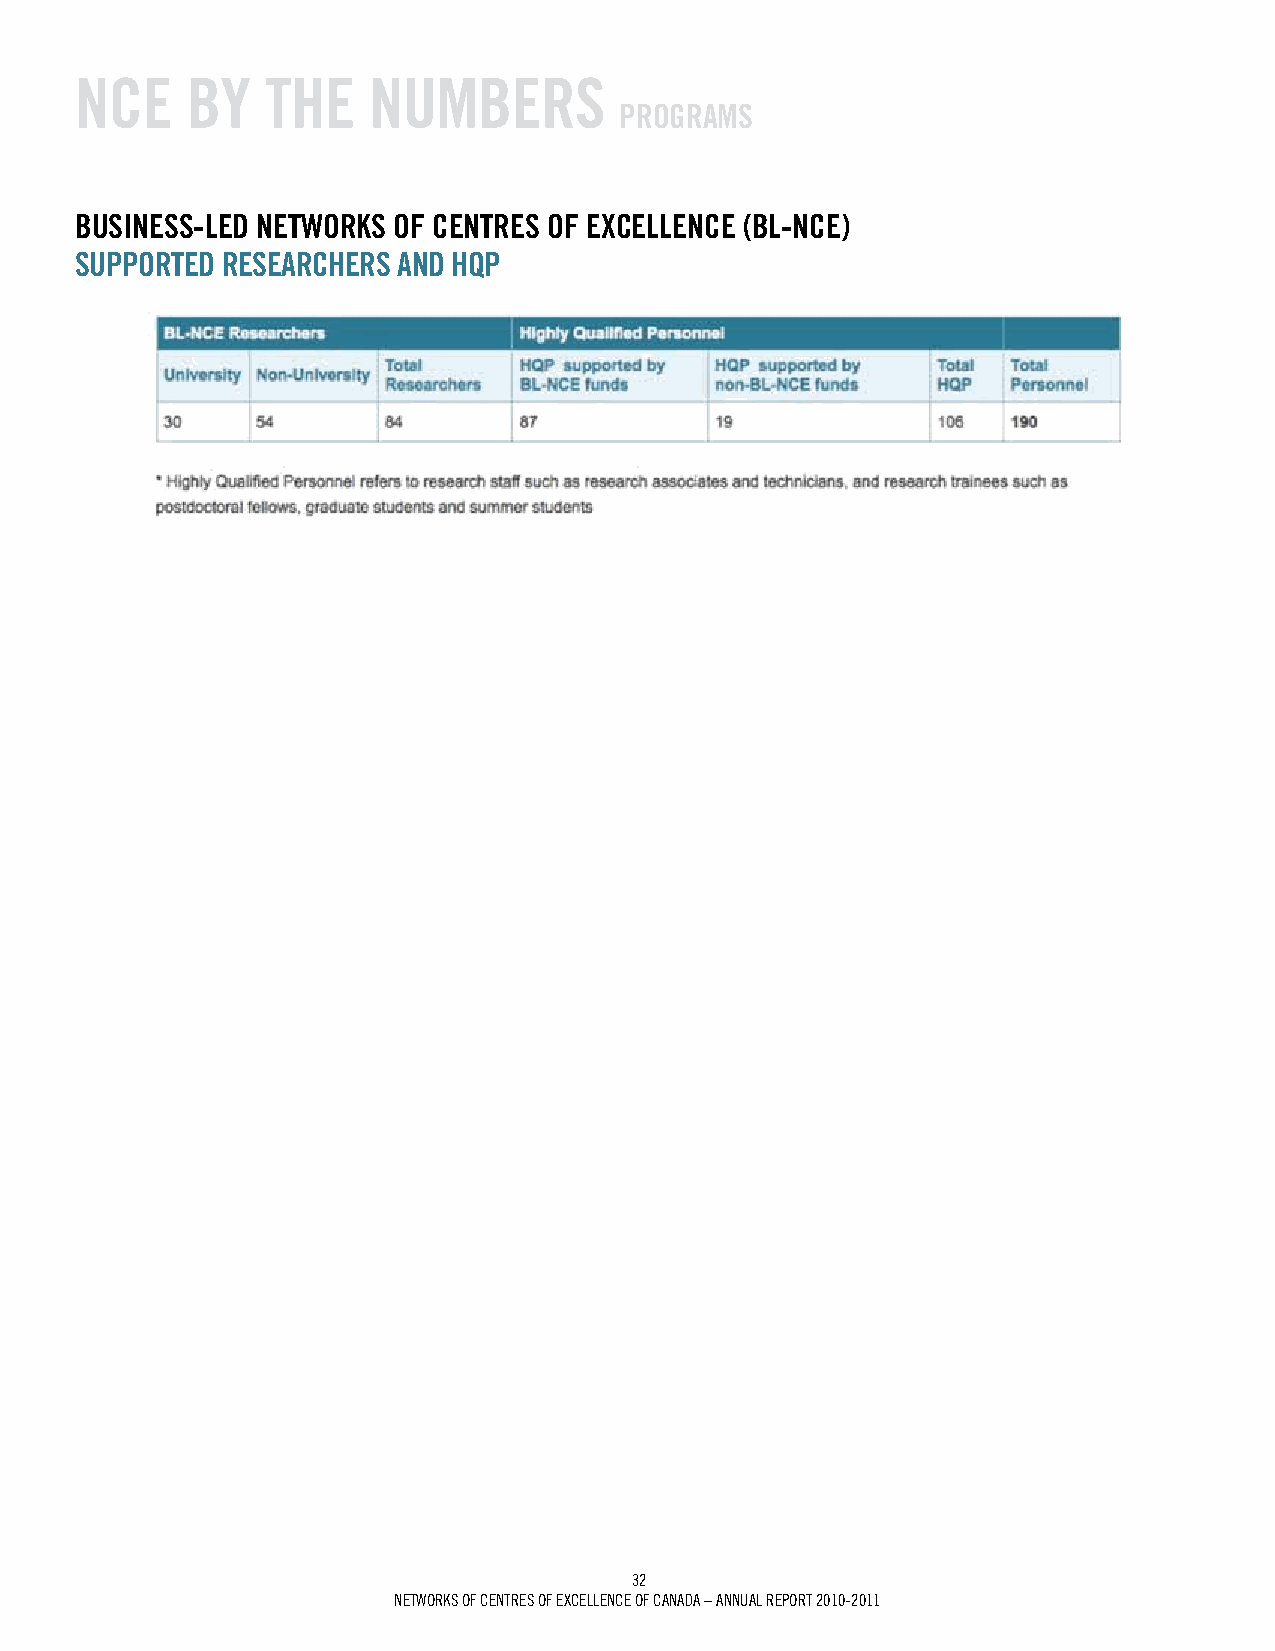
NCE    BY    ThE   NumBErS
 prOgrAmS
 BuSiNESS-LEd NETWOrkS OF CENTrES OF ExCELLENCE (BL-NCE)
 SuppOrTEd rESEArChErS ANd hQp
 32
 Networks of ceNtres of excelleNce of caNada – aNNUal rePort 2010-2011